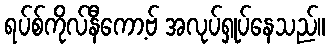
ရပ်စ်ကိုလ်နီကော့ဗ် အလုပ်ရှုပ်နေသည်။